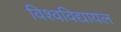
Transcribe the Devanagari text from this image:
विश्‍वविद्यायल